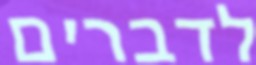
לדברים